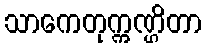
သာကေတုက္ကဏ္ဌိတာ